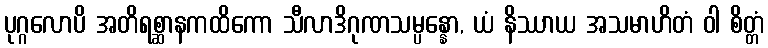
ပုဂ္ဂလောပိ အတိရစ္ဆာနကထိကော သီလာဒိဂုဏသမ္ပန္နော, ယံ နိဿာယ အသမာဟိတံ ဝါ စိတ္တံ